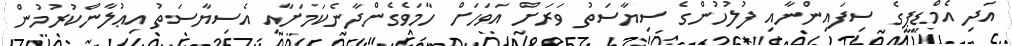
އަދި އެމްޑީޕީގެ ސިފައިންނާއި ފުލުހުންގެ ސިޔާސަތު ވަރަށް އަވަހަށް ހާމަވެގެންދާނެކަމަށާއި އެސިޔާސަތު އިޢުލާންކުރުމުން